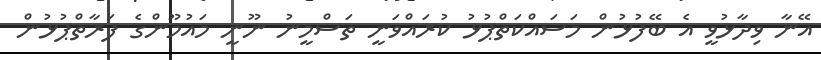
އޭނާ ވިދާޅުވީ އެ ބޭފުޅުން މަސައްކަތްޕުޅު ކުރައްވަނީ ތަސްމީނު ނޫނީ މައުމޫންގެ ފަރާތްޕުޅުން